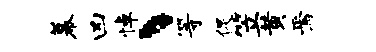
幕凶悼丶等促笠黄焉